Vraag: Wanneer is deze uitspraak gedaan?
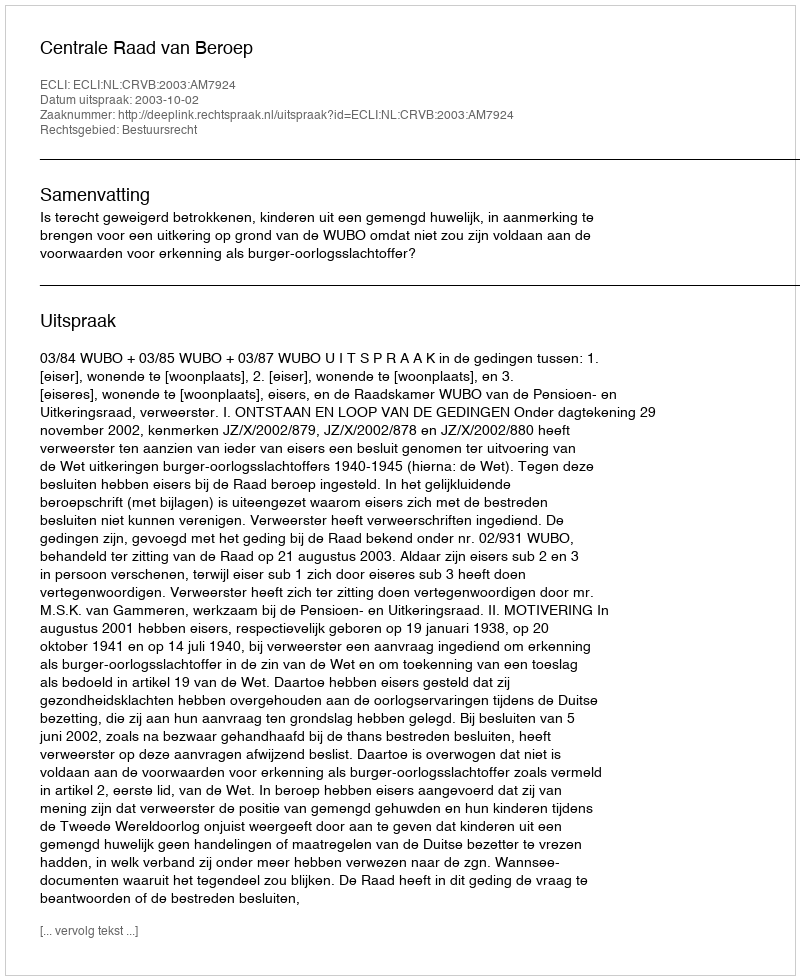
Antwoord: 2003-10-02